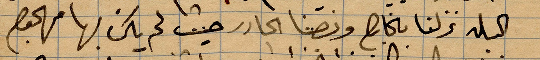
اكسلة نزلنا ... وننصنا الجادر حيث لم يكن لها معجع